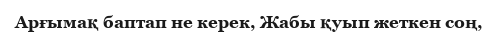
Арғымақ баптап не керек, Жабы қуып жеткен соң,